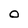
Character: O